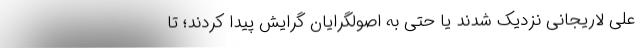
علی لاریجانی نزدیک شدند یا حتی به اصولگرایان گرایش پیدا کردند؛ تا